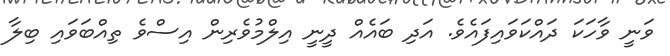
ވަނީ ވާހަކަ ދައްކަވައިފައެވެ. އަދި ބައެއް ދީނީ އިލްމުވެރިން އިސްވެ ތިއްބަވައި ބިލާ